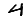
Digit: 4